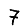
Digit: 7